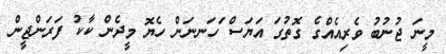
މީނަ ޖުނުބު ވެރިއެއްގެ ގޮތުގަ އަޔަސް ަހަނނަން ހެޔޮ މީދެން ކާކު ފަރަންޖީން